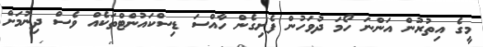
މީގެ އިތުރުން އަންނަ ހޯމަ ދުވަހުން ފެށިގެން ހާއްސަ ޑިސްކައުންޓްތަކެއް ވެސް ދިނުމަށް